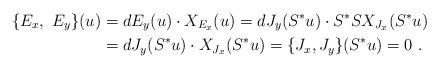
LaTeX: \begin{align*}\{E_x,\ E_y\}(u)&=dE_y(u)\cdot X_{E_x}(u)=dJ_y(S^*u)\cdot S^*S X_{J_x}(S^*u)\\&=d J_y(S^*u)\cdot X_{J_x}(S^*u)=\{J_x,J_y\}(S^*u)=0\ .\end{align*}